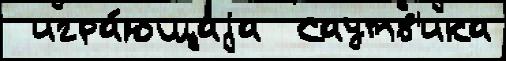
 игра́ющаjа  Саутв'ика